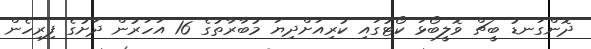
ދޮންގަނޑު ބީޗް ވޮލީބޯޅަ ކޯޓުގައި ކުރިއަށްދިޔަ މުބާރާތުގެ 16 އަހަރުން ދަށުގެ ފިރިހެން